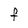
Character: F